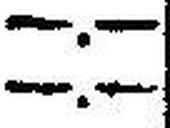
—.—